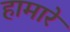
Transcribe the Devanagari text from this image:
हामारे